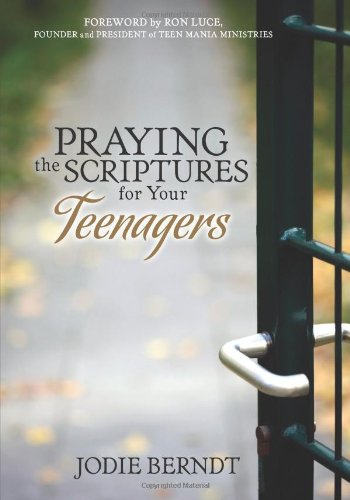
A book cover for Praying the Scriptures for Your Teenagers: Discover How to Pray God's Purpose for Their Lives; Jodie Berndt; Parenting & Relationships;